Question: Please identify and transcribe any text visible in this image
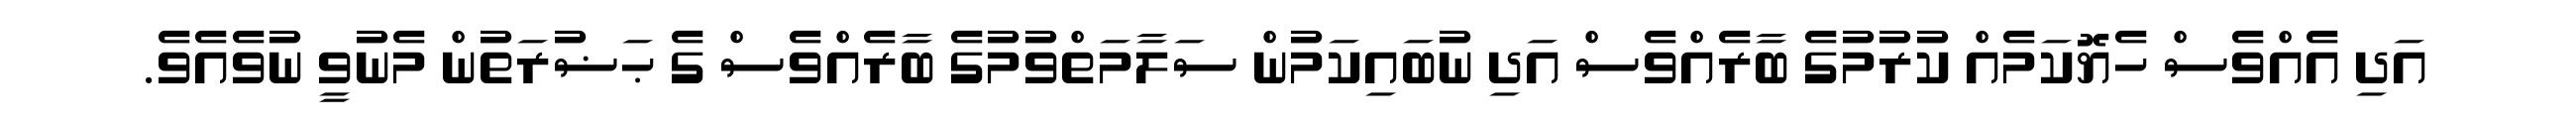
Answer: އަދި އެއްވެސް ހެޔޮކަމެއް ކުރުމުގެ ބާރެއްވެސް އަދި ނުބައިކަމުން ސަލާމަތްވުމުގެ ބާރެއްވެސް ގެ ޙަޟުރަތުން މެނުވީ ނުވެއެވެ.